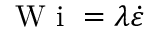
\mathrm { ~ W ~ i ~ } = \lambda \dot { \varepsilon }